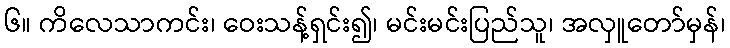
၆။ ကိလေသာကင်း၊ ဝေးသန့်ရှင်း၍၊ မင်းမင်းပြည်သူ၊ အလှူတော်မှန်၊